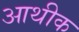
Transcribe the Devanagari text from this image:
आथीक